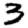
Digit: 3